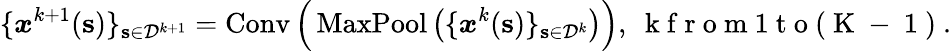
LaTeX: \{ \boldsymbol{x}^{k+1}(\mathbf{s})\} _{\mathbf{s}\in\mathcal{D}^{k+1}}=\operatorname{Conv}\Big(\operatorname{MaxPool}\big(\{ \boldsymbol{x}^{k}(\mathbf{s})\} _{\mathbf{s}\in\mathcal{D}^{k}}\big)\Big),\ \mathrm{~k~f~r~o~m~1~t~o~(~K~-~1~)~}.